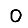
Digit: 0